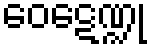
ဝေဋေဏ္ဍု